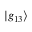
| g _ { 1 3 } \rangle